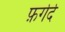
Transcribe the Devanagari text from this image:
फ़र्गर्द